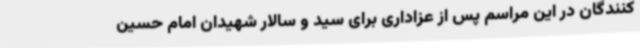
کنندگان در این مراسم پس از عزاداری برای سید و سالار شهیدان امام حسین